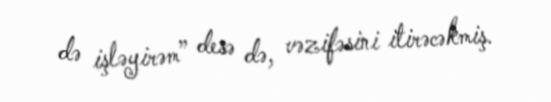
də işləyirəm” desə də, vəzifəsini itirəcəkmiş.